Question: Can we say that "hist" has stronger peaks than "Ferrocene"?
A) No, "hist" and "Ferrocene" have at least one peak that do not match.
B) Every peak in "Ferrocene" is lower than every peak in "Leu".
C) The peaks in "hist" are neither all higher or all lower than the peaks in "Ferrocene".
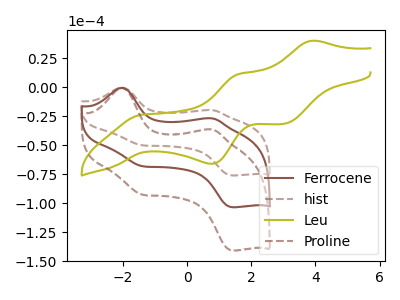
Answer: <think>The brown curve "Ferrocene" has anodic peaks at (-2.00V, -0.35uA) (0.80V, -26.70uA) and cathodic peaks at (-1.40V, -67.90uA) (1.40V, -103.40uA). The brown dashed curve "hist" has anodic peaks at (-2.00V, -0.25uA) (0.80V, -19.60uA) and cathodic peaks at (-1.40V, -49.85uA) (1.40V, -75.95uA). The olive curve "Leu" has anodic peaks at (3.90V, 40.25uA) (1.60V, 11.50uA) and cathodic peaks at (-1.40V, -23.50uA) (0.75V, -65.90uA) (3.00V, -31.45uA). The brown dashed curve "Proline" has anodic peaks at (-2.00V, -0.70uA) (0.80V, -53.40uA) and cathodic peaks at (-1.40V, -135.75uA) (1.40V, -206.75uA).</think>
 <answer>C) The peaks in "hist" are neither all higher or all lower than the peaks in "Ferrocene".</answer>
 <eval>C</eval>